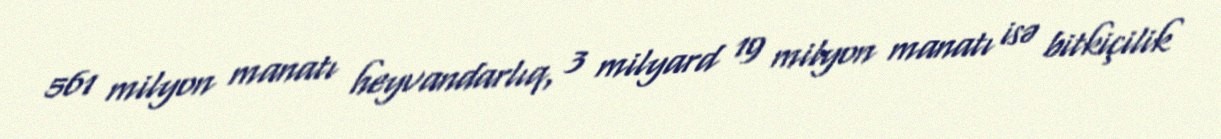
561 milyon manatı heyvandarlıq, 3 milyard 19 milyon manatı isə bitkiçilik